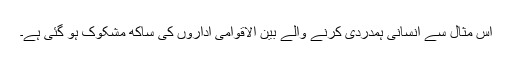
اس مثال سے انسانی ہمدردی کرنے والے بین الاقوامی اداروں کی ساکھ مشکوک ہو گئی ہے۔